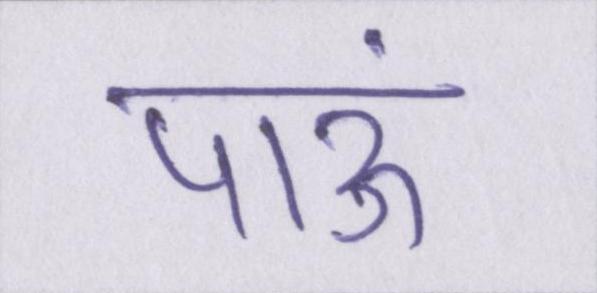
पाऊं